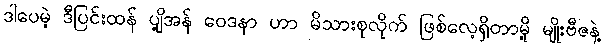
ဒါပေမဲ့ ဒီပြင်းထန် ပျို့အန် ဝေဒနာ ဟာ မိသားစုလိုက် ဖြစ်လေ့ရှိတာမို့ မျိုးဗီဇနဲ့